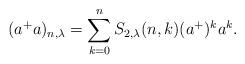
LaTeX: \begin{align*}(a^{+}a)_{n,\lambda}=\sum_{k=0}^{n}S_{2,\lambda}(n,k)(a^{+})^{k}a^{k}.\end{align*}